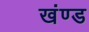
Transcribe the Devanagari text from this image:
खंण्ड